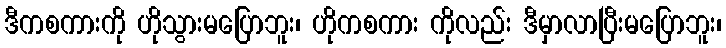
ဒီကစကားကို ဟိုသွားမပြောဘူး၊ ဟိုကစကား ကိုလည်း ဒီမှာလာပြီးမပြောဘူး၊